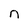
Character: n